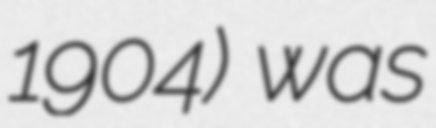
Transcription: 1904) was